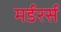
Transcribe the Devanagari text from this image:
मर्डरर्स